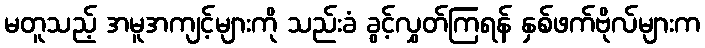
မတူသည့် အမူအကျင့်များကို သည်းခံ ခွင့်လွှတ်ကြရန် နှစ်ဖက်ဗိုလ်များက